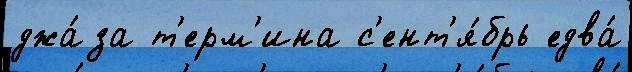
джа́за т'ерм'ина с'ент'я́брь едва́